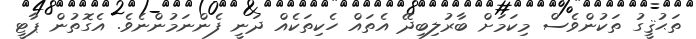
ތަޙުޤީގު ތަކުންވެސް މިކަމަށް ބާރުލިބިދޭ އެތައް ހެކިތަކެއް ދަނީ ފެންނަމުންނެވެ. އެގޮތުން ޕާޓީ